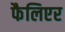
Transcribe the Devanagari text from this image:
फैलिएर